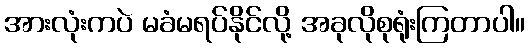
အားလုံးကပဲ မခံမရပ်နိုင်လို့ အခုလိုစုရုံးကြတာပါ။